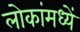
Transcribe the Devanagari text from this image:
लोकांमध्यें